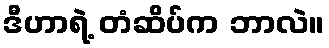
ဒီဟာရဲ့ တံဆိပ်က ဘာလဲ။